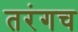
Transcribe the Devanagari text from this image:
तरंगच